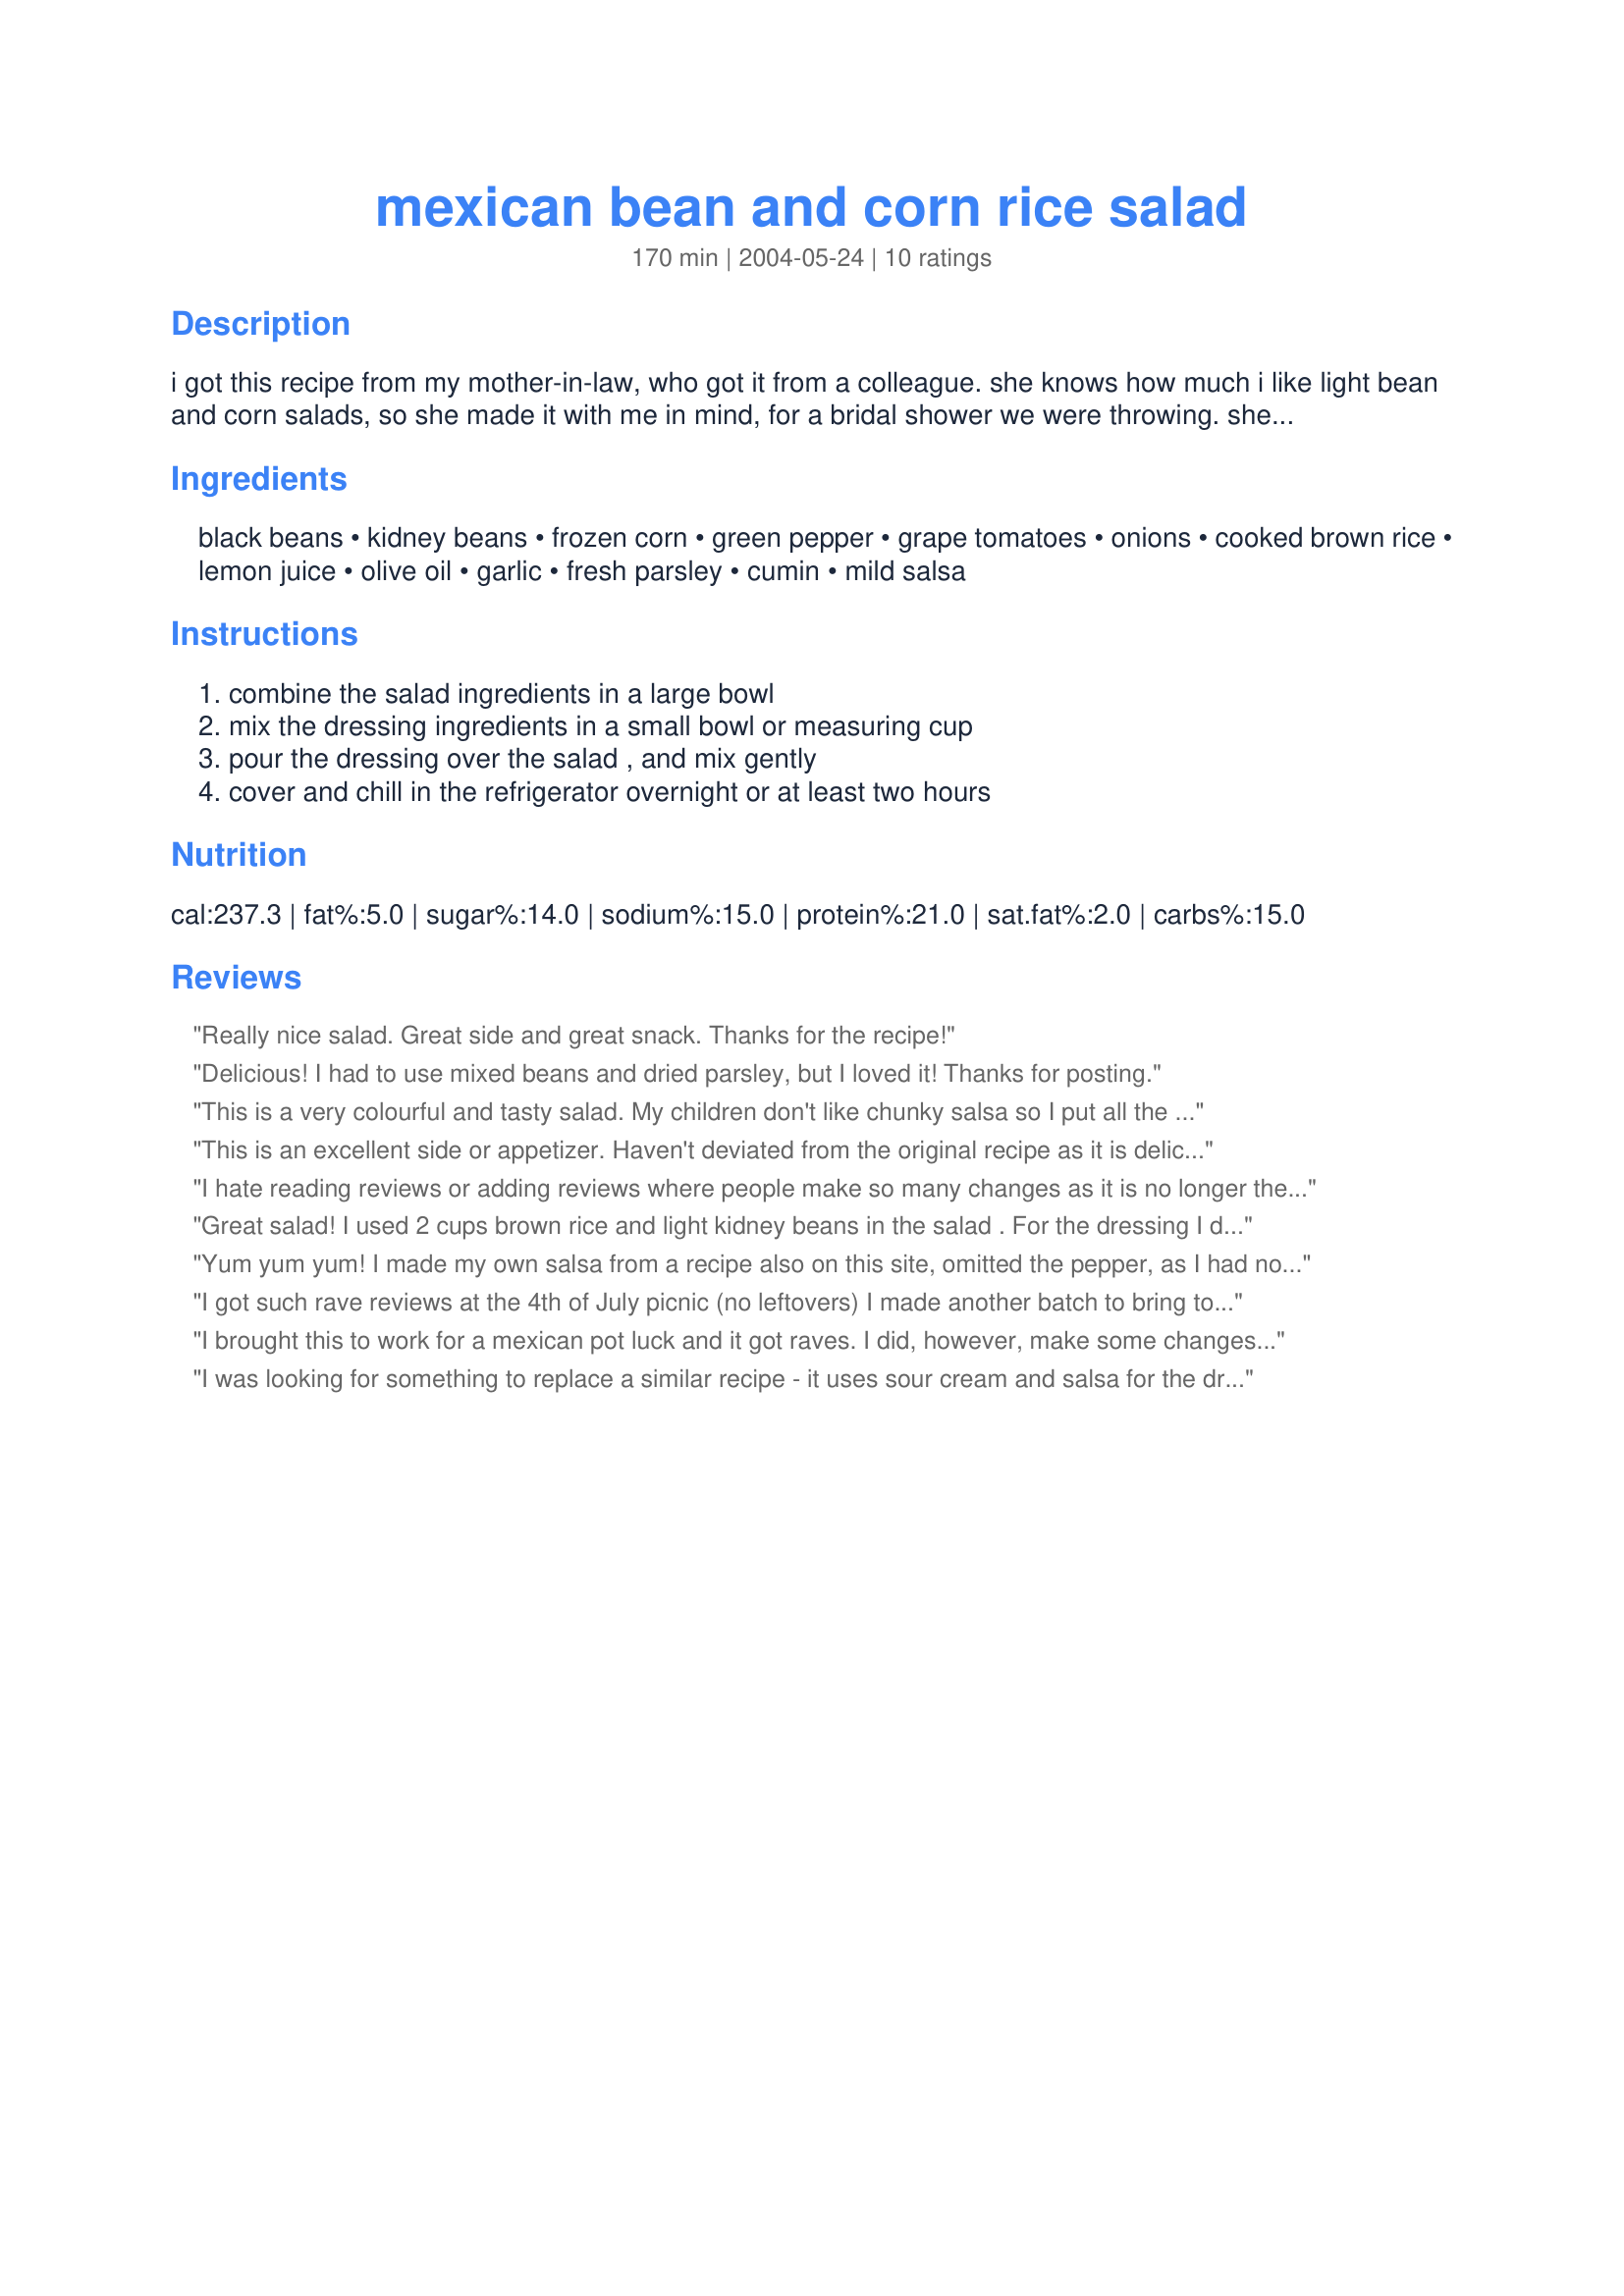
mexican bean and corn rice salad
Preparation time: 170 minutes

i got this recipe from my mother-in-law, who got it from a colleague. she knows how much i like light bean and corn salads, so she made it with me in mind, for a bridal shower we were throwing. she thought i would love it, and i did! :) i've got a couple other bean & corn salad recipes i enjoy, but this one is a bit different because of the rice and salsa. good for you and tastes good, too. prep time is mostly due to the time it takes to cook the rice.

Ingredients:
black beans, kidney beans, frozen corn, green pepper, grape tomatoes, onions, cooked brown rice, lemon juice, olive oil, garlic, fresh parsley, cumin, mild salsa

Steps:
combine the salad ingredients in a large bowl, mix the dressing ingredients in a small bowl or measuring cup, pour the dressing over the salad , and mix gently, cover and chill in the refrigerator overnight or at least two hours

Reviews:
Really nice salad. Great side and great snack. Thanks for the recipe!
Delicious! I had to use mixed beans and dried parsley, but I loved it! Thanks for posting.
This is a very colourful and tasty salad. My children don't like chunky salsa so I put all the dressing ingredients in the blender for a quick whirl before adding. They loved it.
This is an excellent side or appetizer. Haven't deviated from the original recipe as it is delicious as submitted. My family and co-workers really like this one! Thanks for submitting.
I hate reading reviews or adding reviews where people make so many changes as it is no longer the original recipe however :) I did omit the salsa (did not have any) used lime juice from the jar (yuck but that is what I had on hand) everything the same. Used fresh corn on the cob and a diced fresh tomatoe from garden...this is a keeper!
Great salad!
I used 2 cups brown rice and light kidney beans in the salad . For the dressing I didn't use salsa, put 1/2 teaspoon ground cumin, 1/2 teaspoon ground corriander and 1 teaspoon chili powder. I garnished with fresh cilantro and some lemon slices. It turned out very flavorful and pretty too! Thanks for posting!
Yum yum yum! I made my own salsa from a recipe also on this site, omitted the pepper, as I had none on hand, and used mixed beans. I'm a vegetarian and ate it as a main and it's fresh, delicious, healthy, and satisfying. Thanks!
I got such rave reviews at the 4th of July picnic (no leftovers) I made another batch to bring to my co-workers, along with the recipe! I used red onions as type wasn't mentioned and after all, what else is there? This just gets better as days go by! Next time I'll use hot salsa and maybe some jalapenos. Oh Mama! UPDATE, people keep asking for this recipe, I keep making it again and again, so thanks again!
I brought this to work for a mexican pot luck and it got raves.
I did, however, make some changes according to my taste. I added 2 chopped jalapenos, chopped cilantro, a small can of sliced black olives, used the juice of 1 lime instead of the lemon, and added some Adobo seasoning and extra cumin. I used red onion and 1 smallish orange pepper to make it very colorful. I will definitely make this again, so thanks for the recipe.
I was looking for something to replace a similar recipe - it uses sour cream and salsa for the dressing base and I wanted something non-dairy that could sit out at a party longer. This was really good - tasty and very healthy. I used an orange pepper (not a fan of green), red onion and extra rice. I would liked more spice though so next time I'll use hotter salsa and add some cilantro as suggested in reviews (I didn't have any when I made this).
